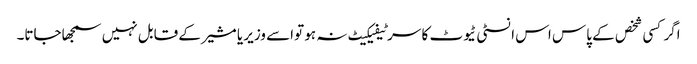
اگر کسی شخص کے پاس اس انسٹی ٹیوٹ کا سرٹیفیکیٹ نہ ہو تواسے وزیر یا مشیر کے قابل نہیں سمجھاجاتا۔